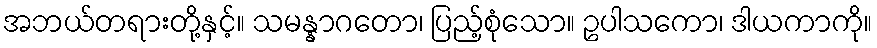
အဘယ်တရားတို့နှင့်။ သမန္နာဂတော၊ ပြည့်စုံသော။ ဥပါသကော၊ ဒါယကာကို။